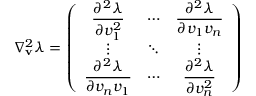
\nabla _ { \mathbf { v } } ^ { 2 } \lambda = \left( \begin{array} { c c c } { \displaystyle \frac { \partial ^ { 2 } \lambda } { \partial v _ { 1 } ^ { 2 } } } & { \cdots } & { \displaystyle \frac { \partial ^ { 2 } \lambda } { \partial v _ { 1 } v _ { n } } } \\ { \vdots } & { \ddots } & { \vdots } \\ { \displaystyle \frac { \partial ^ { 2 } \lambda } { \partial v _ { n } v _ { 1 } } } & { \cdots } & { \displaystyle \frac { \partial ^ { 2 } \lambda } { \partial v _ { n } ^ { 2 } } } \end{array} \right)